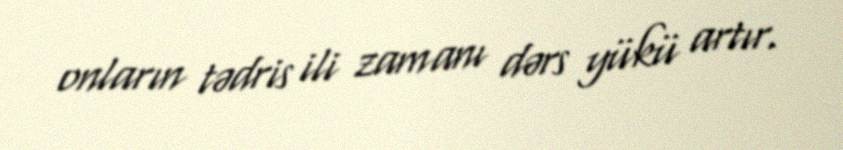
onların tədris ili zamanı dərs yükü artır.